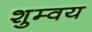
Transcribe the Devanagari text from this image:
शुम्वय